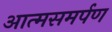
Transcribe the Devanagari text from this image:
आत्‍मसमर्पण